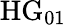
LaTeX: \mathrm{HG}_{01}